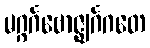
မဂ္ဂင်္ဂဗောဇ္ဈင်္ဂဂတေ